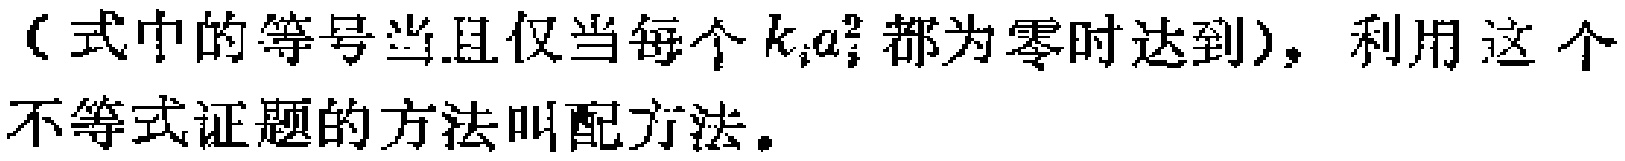
（式中的等号当且仅当每个\(k_{i}a_{i}^{2}\)都为零时达到），利用这个不等式证题的方法叫配方法。